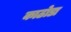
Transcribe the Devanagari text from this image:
काठोडा